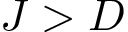
J > D